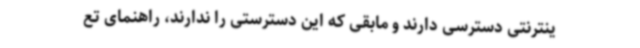
ینترنتی دسترسی دارند و مابقی که این دسترستی را ندارند، راهنمای تع